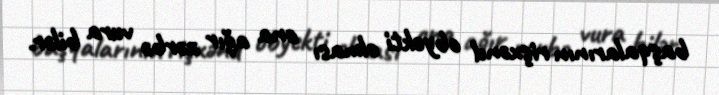
başqalarının rişxənd obyekti olması ona ağır zərbə vura bilər.